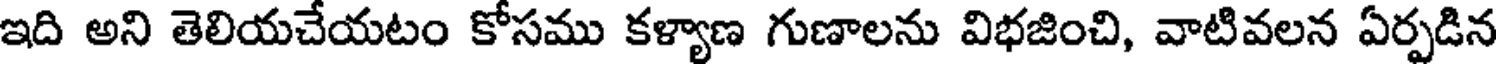
ఇది అని తెలియచేయటం కోసము కళ్యాణ గుణాలను విభజించి, వాటివలన ఏర్పడిన